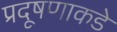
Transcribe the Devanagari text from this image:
प्रदूषणाकडे